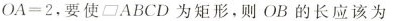
$$OA=2$$，要使\parallelogram ABCD为矩形，则OB的长应该为